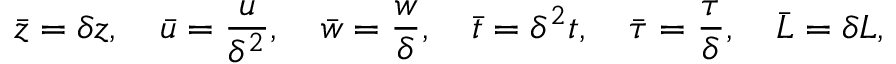
\Bar { z } = \delta z , \quad \Bar { u } = \frac { u } { \delta ^ { 2 } } , \quad \Bar { w } = \frac { w } { \delta } , \quad \Bar { t } = \delta ^ { 2 } { t } , \quad \bar { \boldsymbol { \tau } } = \frac { \boldsymbol { \tau } } { \delta } , \quad \bar { L } = \delta L ,